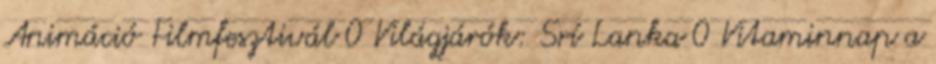
Animáció Filmfesztivál 0 Világjárók: Srí Lanka 0 Vitaminnap a